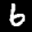
Label: 6